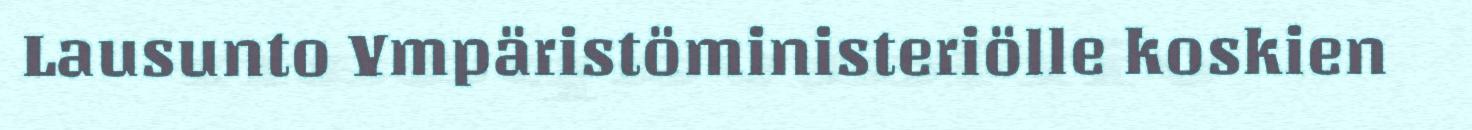
Lausunto Ympäristöministeriölle koskien